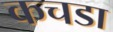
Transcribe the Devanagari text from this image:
कचडा